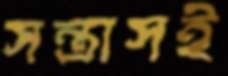
সন্ত্রাসই